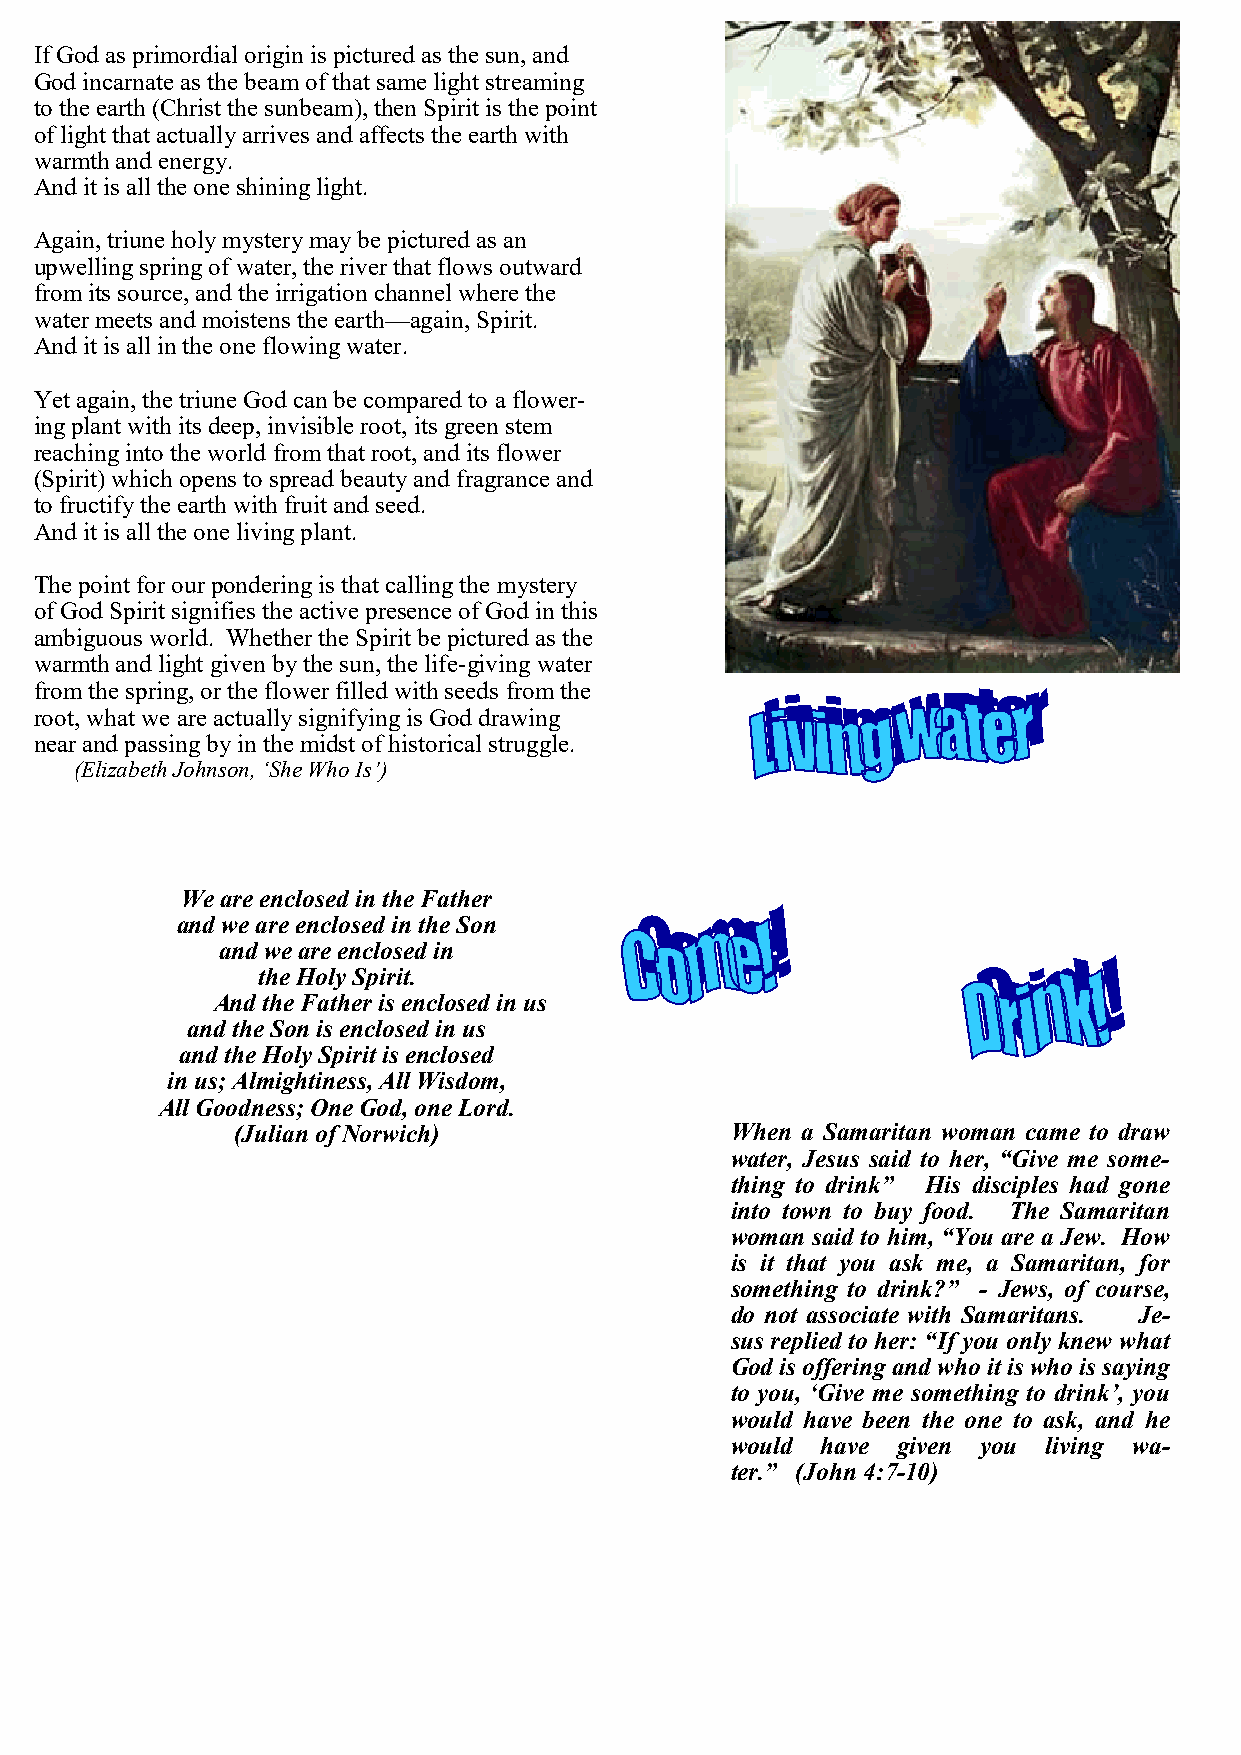
If God as primordial origin is pictured as the sun, and
 God incarnate as the beam of that same light streaming
 to the earth (Christ the sunbeam), then Spirit is the point
 of light that actually arrives and affects the earth with
 warmth and energy.
 And it is all the one shining light.
 Again, triune holy mystery may be pictured as an
 upwelling spring of water, the river that flows outward
 from its source, and the irrigation channel where the
 water meets and moistens the earth—again, Spirit.
 And it is all in the one flowing water.
 Yet again, the triune God can be compared to a flower-
 ing plant with its deep, invisible root, its green stem
 reaching into the world from that root, and its flower
 (Spirit) which opens to spread beauty and fragrance and
 to fructify the earth with fruit and seed.
 And it is all the one living plant.
 The point for our pondering is that calling the mystery
 of God Spirit signifies the active presence of God in this
 ambiguous world. Whether the Spirit be pictured as the
 warmth and light given by the sun, the life-giving water
 from the spring, or the flower filled with seeds from the
 root, what we are actually signifying is God drawing
 near and passing by in the midst of historical struggle.
 (Elizabeth Johnson, ‘She Who Is’)
 We are enclosed in the Father
 and we are enclosed in the Son
 and we are enclosed in
 the Holy Spirit.
 And the Father is enclosed in us
 and the Son is enclosed in us
 and the Holy Spirit is enclosed
 in us; Almightiness, All Wisdom,
 All Goodness; One God, one Lord.
 (Julian of Norwich)              When a Samaritan woman came to draw
 water, Jesus said to her, “Give me some-
 thing to drink” His disciples had gone
 into town to buy food. The Samaritan
 woman said to him, “You are a Jew. How
 is it that you ask me, a Samaritan, for
 something to drink?” - Jews, of course,
 do not associate with Samaritans. Je-
 sus replied to her: “If you only knew what
 God is offering and who it is who is saying
 to you, ‘Give me something to drink’, you
 would have been the one to ask, and he
 would have given you living wa-
 ter.” (John 4:7-10)